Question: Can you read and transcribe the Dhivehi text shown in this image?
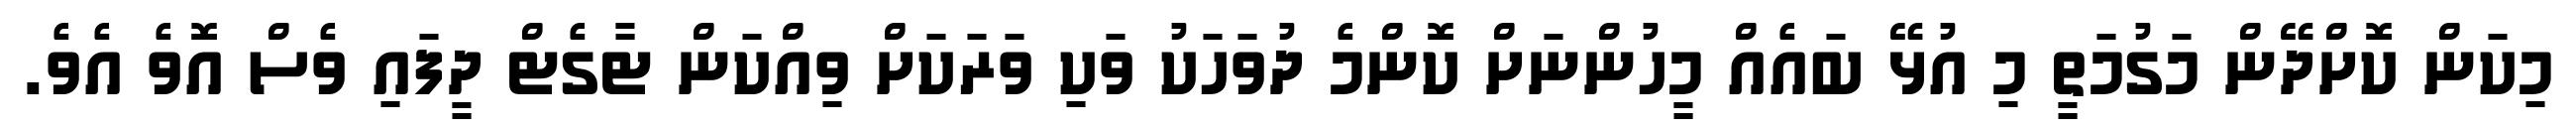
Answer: މިކަން ކޮށްދޭން މަގުމަތީ މި އުޅޭ ބައެއް މީހުންނަށް ކޮންމެ ދުވަހަކު ވަކި ވަރަކަށް ވިއްކަން ޓާގެޓް ދީފައި ވެސް އޮވެ އެވެ.